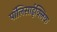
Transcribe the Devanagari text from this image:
पॉलिसाईक्लिक